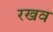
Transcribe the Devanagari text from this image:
रखव